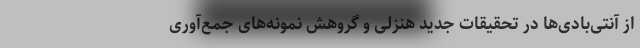
از آنتی‌بادی‌ها در تحقیقات جدید هنزلی و گروهش نمونه‌های جمع‌آوری‌